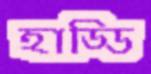
হাড্ডি